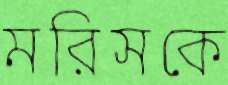
মরিসকে